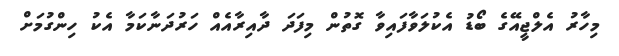
މިހާރު އެލްޖީއޭގެ ބޯޑު އެކުލަވާފައިވާ ގޮތުން މިފަދަ ދާއިރާއެއް ހަރުދަނާކަމާ އެކު ހިންގުމަށް